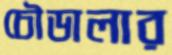
চৌডালার